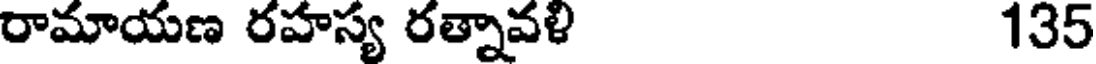
రామాయణ రహస్య రత్నావళి 135